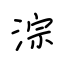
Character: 淙